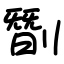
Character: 㔆